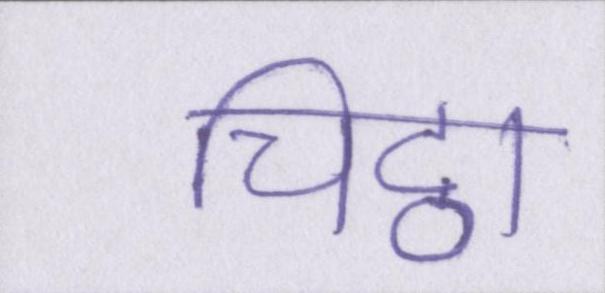
चिट्ठा